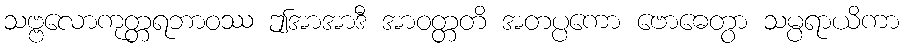
သဗ္ဗလောကုတ္တရဘာဝဿ ဤအာအာဒီ အာဝတ္တတိ အတပ္ပကော ဗောဓေတွာ သမ္ပရာယိကာ